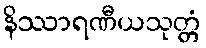
နိဿာရဏီယသုတ္တံ